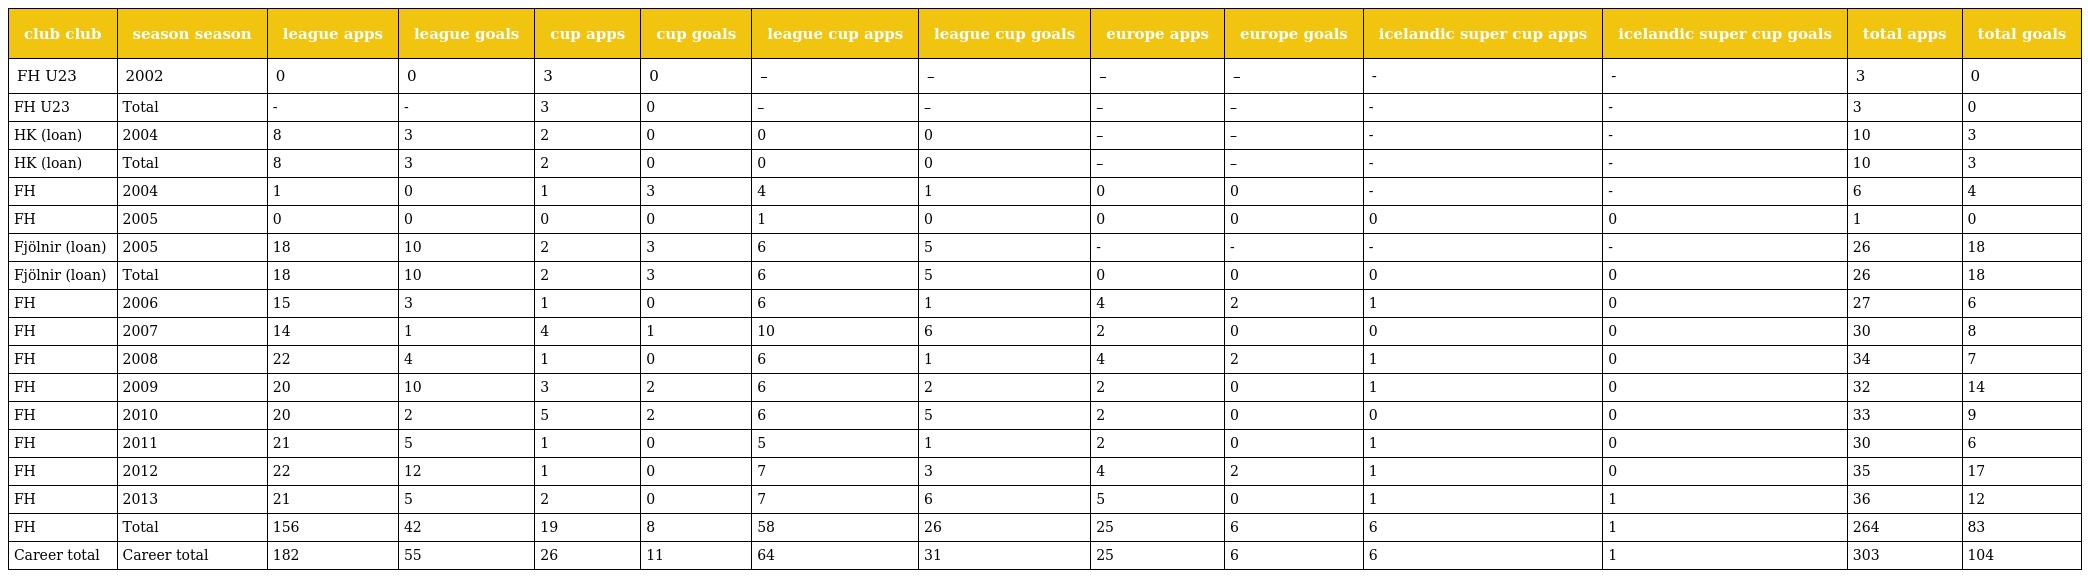
| club club | season season | league apps | league goals | cup apps | cup goals | league cup apps | league cup goals | europe apps | europe goals | icelandic super cup apps | icelandic super cup goals | total apps | total goals |
 | --- | --- | --- | --- | --- | --- | --- | --- | --- | --- | --- | --- | --- | --- |
 | FH U23 | 2002 | 0 | 0 | 3 | 0 | – | – | – | – | - | - | 3 | 0 |
 | FH U23 | Total | - | - | 3 | 0 | – | – | – | – | - | - | 3 | 0 |
 | HK (loan) | 2004 | 8 | 3 | 2 | 0 | 0 | 0 | – | – | - | - | 10 | 3 |
 | HK (loan) | Total | 8 | 3 | 2 | 0 | 0 | 0 | – | – | - | - | 10 | 3 |
 | FH | 2004 | 1 | 0 | 1 | 3 | 4 | 1 | 0 | 0 | - | - | 6 | 4 |
 | FH | 2005 | 0 | 0 | 0 | 0 | 1 | 0 | 0 | 0 | 0 | 0 | 1 | 0 |
 | Fjölnir (loan) | 2005 | 18 | 10 | 2 | 3 | 6 | 5 | - | - | - | - | 26 | 18 |
 | Fjölnir (loan) | Total | 18 | 10 | 2 | 3 | 6 | 5 | 0 | 0 | 0 | 0 | 26 | 18 |
 | FH | 2006 | 15 | 3 | 1 | 0 | 6 | 1 | 4 | 2 | 1 | 0 | 27 | 6 |
 | FH | 2007 | 14 | 1 | 4 | 1 | 10 | 6 | 2 | 0 | 0 | 0 | 30 | 8 |
 | FH | 2008 | 22 | 4 | 1 | 0 | 6 | 1 | 4 | 2 | 1 | 0 | 34 | 7 |
 | FH | 2009 | 20 | 10 | 3 | 2 | 6 | 2 | 2 | 0 | 1 | 0 | 32 | 14 |
 | FH | 2010 | 20 | 2 | 5 | 2 | 6 | 5 | 2 | 0 | 0 | 0 | 33 | 9 |
 | FH | 2011 | 21 | 5 | 1 | 0 | 5 | 1 | 2 | 0 | 1 | 0 | 30 | 6 |
 | FH | 2012 | 22 | 12 | 1 | 0 | 7 | 3 | 4 | 2 | 1 | 0 | 35 | 17 |
 | FH | 2013 | 21 | 5 | 2 | 0 | 7 | 6 | 5 | 0 | 1 | 1 | 36 | 12 |
 | FH | Total | 156 | 42 | 19 | 8 | 58 | 26 | 25 | 6 | 6 | 1 | 264 | 83 |
 | Career total | Career total | 182 | 55 | 26 | 11 | 64 | 31 | 25 | 6 | 6 | 1 | 303 | 104 |